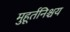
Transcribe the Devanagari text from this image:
मुहूर्तनिश्चय